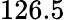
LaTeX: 126.5